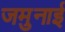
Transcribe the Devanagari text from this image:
जमुनाई